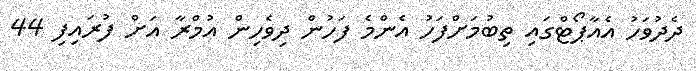
ދެދުވަހު އެއާޕޯޓްގައި ތިބުމަށްފަހު އެންމެ ފަހުން ދިވެހިން އުމްރާ އަށް ފުރައިފި 44